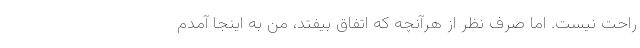
راحت نیست. اما صرف نظر از هرآنچه که اتفاق بیفتد، من به اینجا آمدم